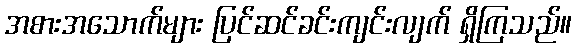
အစားအသောက်များ ပြင်ဆင်ခင်းကျင်းလျက် ရှိကြသည်။